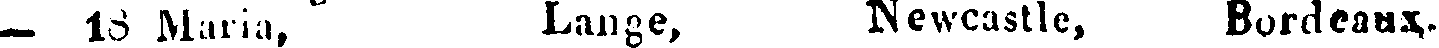
— 18 Maria, Lange, Newcastle, Bordeaux.